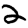
Digit: 2